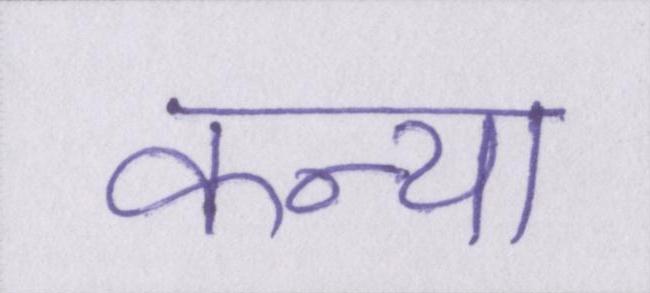
कन्या